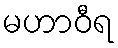
မဟာဝီရ